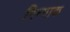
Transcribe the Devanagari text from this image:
गिन्याक